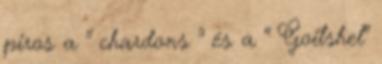
piros a " chardons " és a " Goitshel"